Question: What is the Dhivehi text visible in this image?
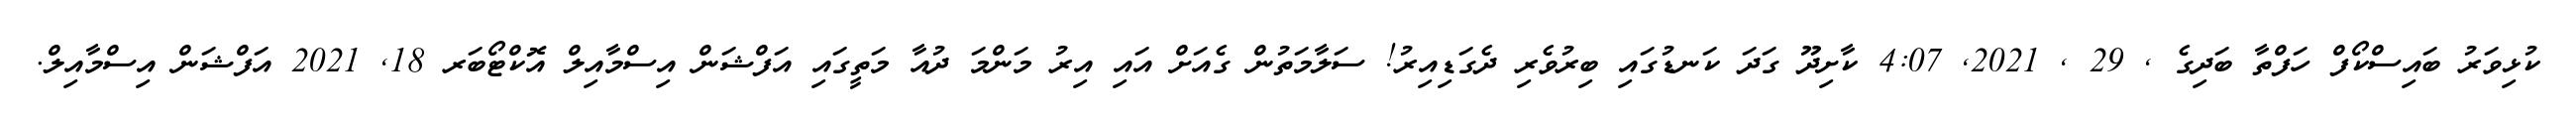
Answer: ކުޅިވަރު ބައިސްކޯފް ހަފްތާ ބަދިގެ , 29 , 2021, 4:07 ކާށިދޫ ގަދަ ކަނޑުގައި ބިރުވެރި ދެގަޑިއިރު! ސަލާމަތުން ގެއަށް އައި އިރު މަންމަ ދުއާ މަތީގައި އަފްޝަން އިސްމާއިލް އޮކްޓޯބަރ 18, 2021 އަފްޝަން އިސްމާއިލް.